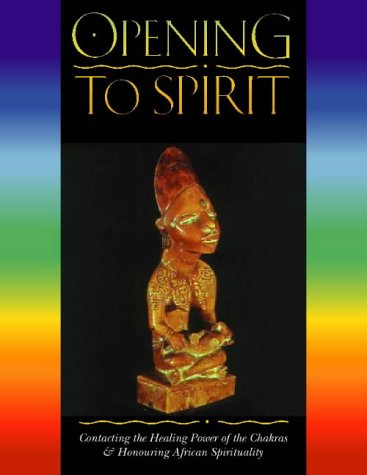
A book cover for Opening to Spirit : Contacting the Healing Power of the Chakras and Honouring African Spirituality; Caroline Shola Arewa; Religion & Spirituality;